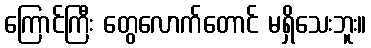
ကြောင်ကြီး တွေလောက်တောင် မရှိသေးဘူး။